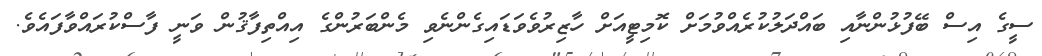
ސީގެ އިސް ބޭފުޅުންނާއި ބައްދަލުކުރެއްވުމަށް ކޮމިޓީއަށް ހާޒިރުވެވަޑައިގެންނެވި މެންބަރުންގެ އިއްތިފާޤުން ވަނީ ފާސްކުރައްވާފައެވެ.